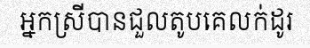
អ្នកស្រីបានជួលតូបគេលក់ដូរ